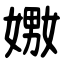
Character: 嫐